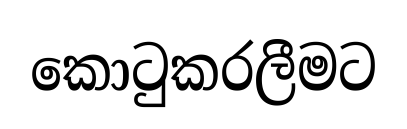
කොටුකරලීමට